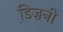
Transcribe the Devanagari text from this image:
डि़ज़नी